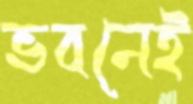
ভবনেই